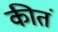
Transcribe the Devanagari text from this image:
कीतं